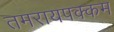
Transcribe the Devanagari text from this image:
तमरायपक्कम